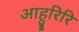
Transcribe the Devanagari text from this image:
आहुरिरि